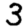
Digit: 3